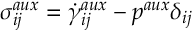
\sigma _ { i j } ^ { a u x } = \dot { \gamma } _ { i j } ^ { a u x } - p ^ { a u x } \delta _ { i j }